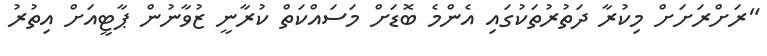
"ރަށްރަށަށް މިކުރާ ދަތުރުތަކުގައި އެންމެ ބޮޑަށް މަަސައްކަތް ކުރާނީ ޒުވާނުން ޕާޓީއަށް އިތުރު